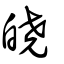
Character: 皢